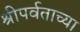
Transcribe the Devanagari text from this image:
श्रीपर्वताच्या